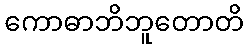
ကောဓာဘိဘူတောတိ